Annual report of the Punjab Veterinary College and of the Civil Veterinary Department, Punjab - 1920-1925
Year: 1920
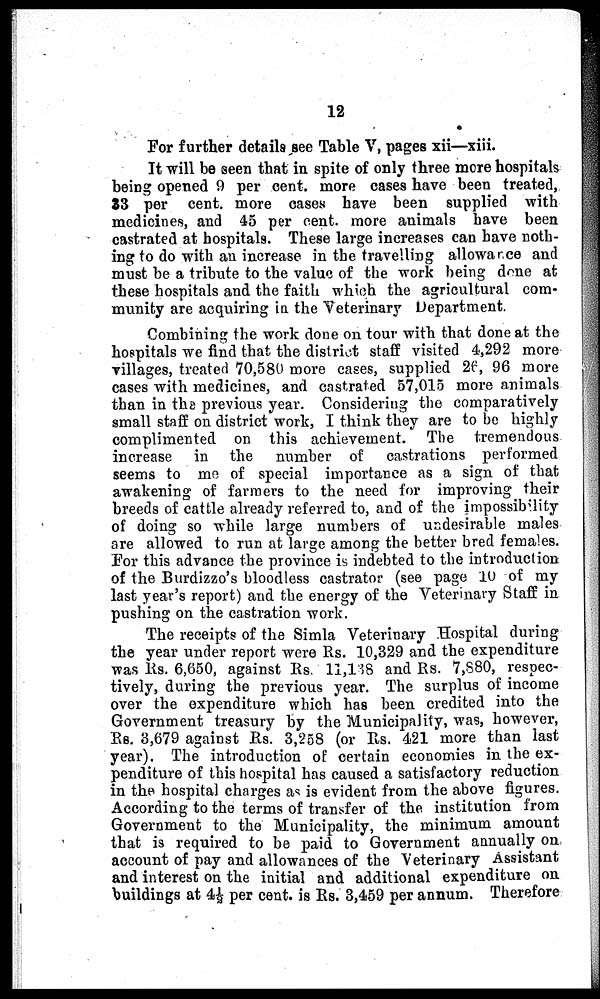
12
For further details see Table V, pages xii—xiii.
It will be seen that in spite of only three more hospitals
being opened 9 per cent. more cases have been treated,
33 per cent. more cases have been supplied with
medicines, and 45 per cent. more animals have been
castrated at hospitals. These large increases can have noth-
ing to do with an increase in the travelling allowance and
must be a tribute to the value of the work being done at
these hospitals and the faith which the agricultural com-
munity are acquiring in the Veterinary Department.
Combining the work done on tour with that done at the
hospitals we find that the district staff visited 4,292 more
villages, treated 70,580 more cases, supplied 26, 96 more
cases with medicines, and castrated 57,015 more animals
than in the previous year. Considering the comparatively
small staff on district work, I think they are to be highly
complimented on this achievement. The tremendous
increase in the number of castrations performed
seems to me of special importance as a sign of that
awakening of farmers to the need for improving their
breeds of cattle already referred to, and of the impossibility
of doing so while large numbers of undesirable males
are allowed to run at large among the better bred females.
For this advance the province is indebted to the introduction
of the Burdizzo's bloodless castrator (see page 10 of my
last year's report) and the energy of the Veterinary Staff in
pushing on the castration work.
The receipts of the Simla Veterinary Hospital during
the year under report were Rs. 10,329 and the expenditure
was Rs. 6,650, against Rs. 11,138 and Rs. 7,880, respec-
tively, during the previous year. The surplus of income
over the expenditure which has been credited into the
Government treasury by the Municipality, was, however,
Rs. 3,679 against Rs. 3,258 (or Rs. 421 more than last
year). The introduction of certain economies in the ex-
penditure of this hospital has caused a satisfactory reduction
in the hospital charges as is evident from the above figures.
According to the terms of transfer of the institution from
Government to the Municipality, the minimum amount
that is required to be paid to Government annually on
account of pay and allowances of the Veterinary Assistant
and interest on the initial and additional expenditure on
buildings at 4½ per cent. is Rs. 3,459 per annum. Therefore